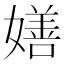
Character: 嫸